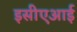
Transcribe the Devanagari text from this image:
इसीएआई